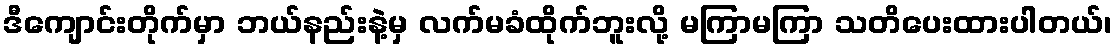
ဒီကျောင်းတိုက်မှာ ဘယ်နည်းနဲ့မှ လက်မခံထိုက်ဘူးလို့ မကြာမကြာ သတိပေးထားပါတယ်၊